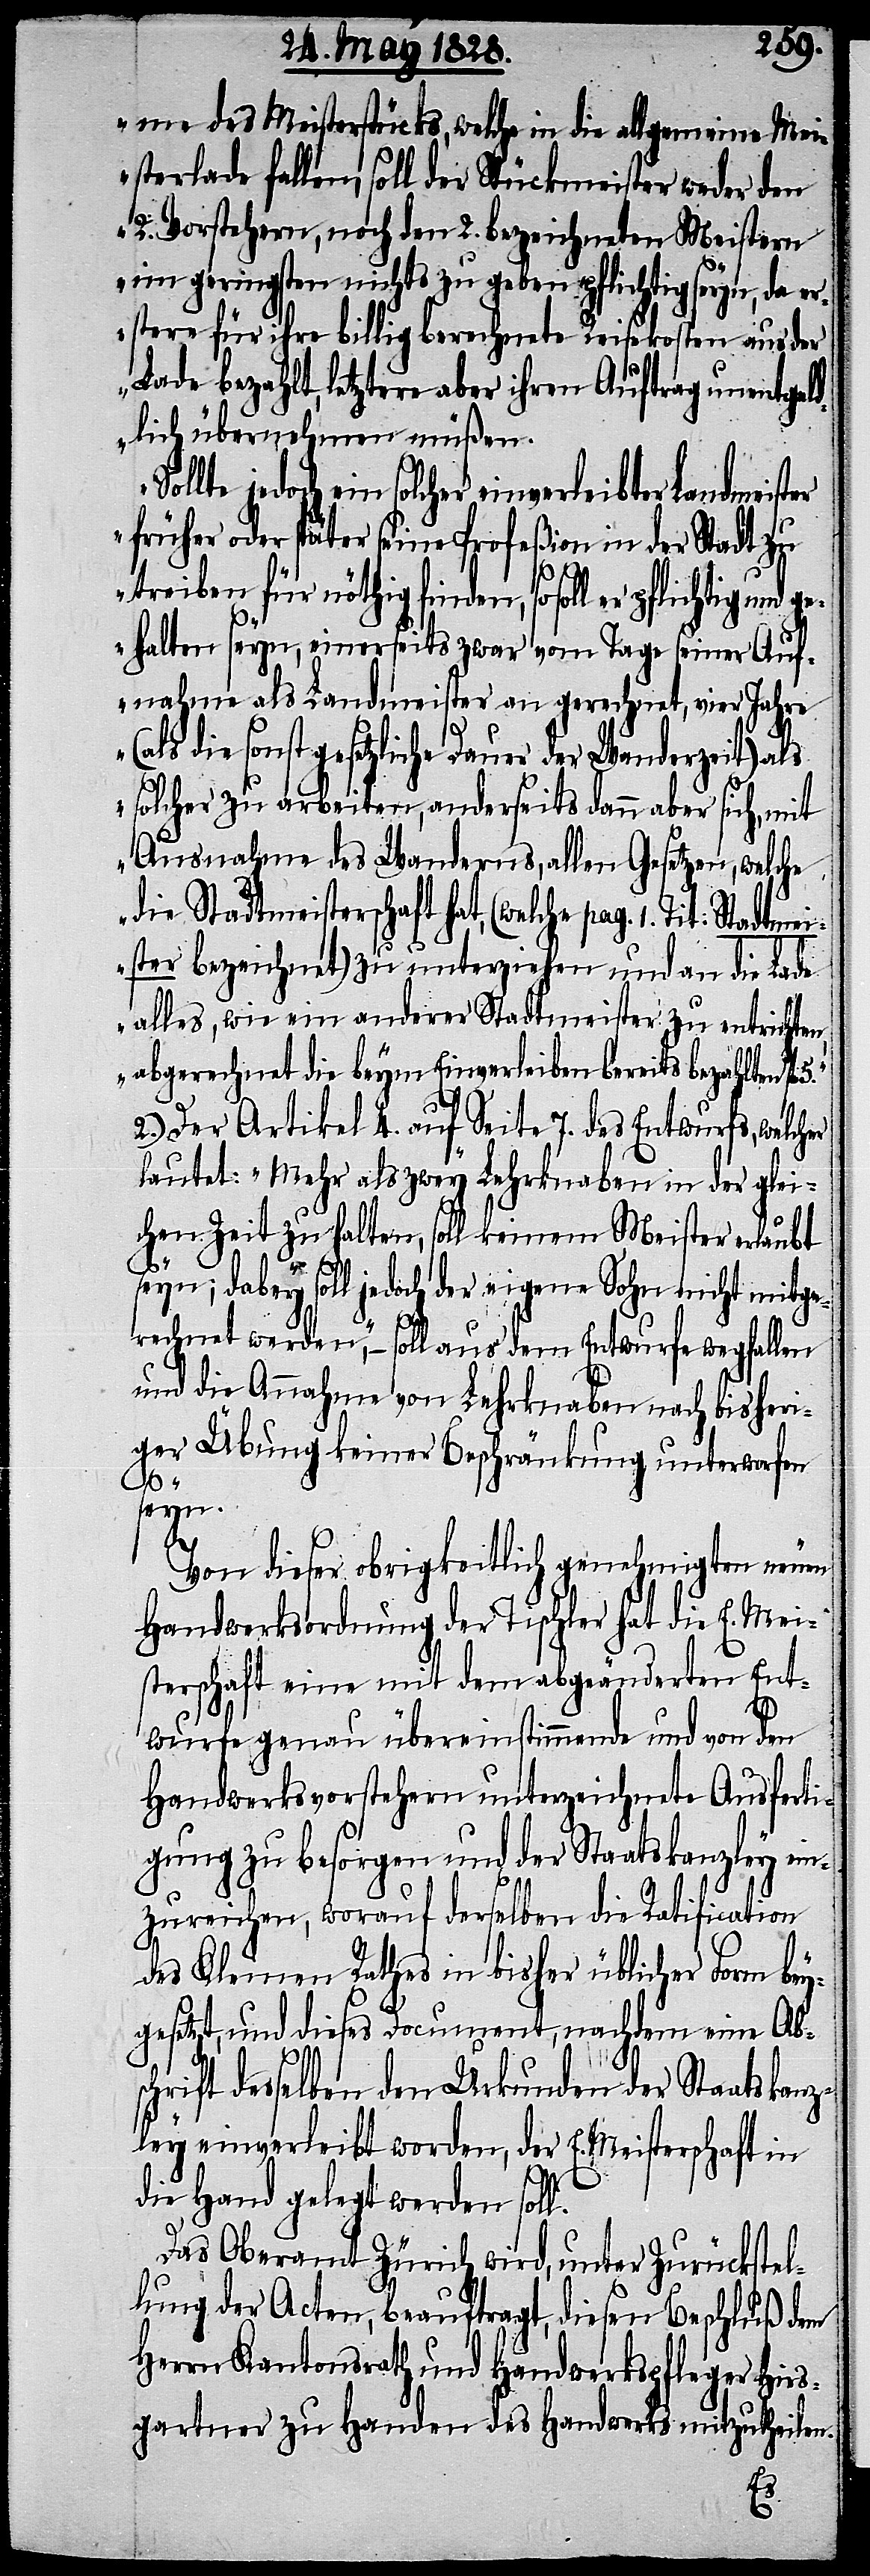
me des Meisterstücks, welche in die allgemeine Mei¬
sterlade fallen, soll der Stückmeister weder den
2. Vorstehern, noch den 2. bezeichneten Meistern
im geringsten nichts zu geben pflichtig seyn, da er¬
stere für ihre billig berechnete Reisekosten aus der
Lade bezahlt, letztere aber ihren Auftrag unentgeld¬
lich übernehmen müßen.
jedoch ein solcher einverleibter Landmeist¬
früher oder später seine Profeßion in der Stadt zu
treiben für nöthig finden, so soll er
gehalten seyn, einerseits zwar vom Tage seiner Auf¬
nahme als Landmeister an gerechnet, vier Jahre
die sonst gesetzliche Dauer der Wanderzeit) als
solcher zu arbeiten, anderseits dann aber sich, mit
Ausnahme des Wanderns, allen Gesetzen, welche
die Stadtmeisterschaft hat, (welche pag. 1. Tit: Stad¬
ister bezeichnet) zu unterziehen und an die Lade
alles, wie ein anderer Stadtmeister zu entrichten,
abgerechnet die beym Einverleiben bereits bezahlten fl.
2.) Der Artikel 4. auf Seite 7. des Entwurfes, welcher
lautet: „Mehr als zwey Lehrknaben in der glei¬
chen Zeit zu halten, soll keinem Meister erlaubt
tme¬
seyn; dabey soll jedoch der eigene Sohn nicht mitge¬
rechnet werden,“ – soll aus dem Entwurfe wegfallen
und die Annahme von Lehrknaben nach bisheri¬
ger Übung keiner Beschränkung unterworfen
seyn.
Von dieser obrigkeitlich genehmigten neuen
Handwerksordnung der Tischler hat die E. Mei¬
sterschaft eine mit dem abgeänderten Ent¬
wurfe genau überstimmende und von den
Handwerksvorstehern unterzeichnete Ausferti¬
gung zu besorgen und der Staatskanzley ein¬
zureichen, worauf derselben die Ratification
des Kleinen Rathes in bisher üblicher Form bey¬
gesetzt, und dieses Document, nachdem eine Abs¬
chrift desselben den Urkunden der Staatskan¬
zley einverleibt worden, der E. Meisterschaft in
die Hand gelegt werden soll.
Das Oberamt Zürich wird, unter Zurückstel¬
lung der Acten, beauftragt, diesen Beschluß dem
Herrn Kantonsrath und Handwerkspfleger Hirs¬
gartner zu Handen des Handwerks mitzutheilen.
er